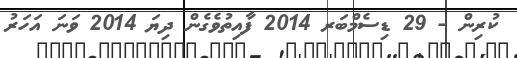
ކުރިން - 29 ޑިސެމްބަރ 2014 ފާއިތުވެގެން ދިޔަ 2014 ވަނަ އަހަރު